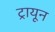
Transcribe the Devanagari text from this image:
ट्रायून